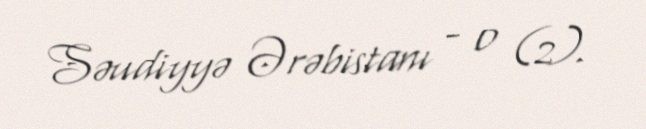
Səudiyyə Ərəbistanı - 0 (2).